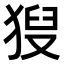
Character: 𤟚